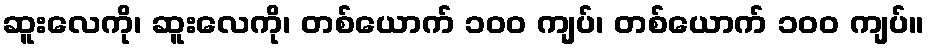
ဆူးလေကို၊ ဆူးလေကို၊ တစ်ယောက် ၁၀၀ ကျပ်၊ တစ်ယောက် ၁၀၀ ကျပ်။